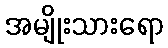
အမျိုးသားရော